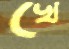
খে